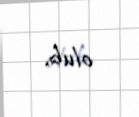
olub.